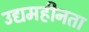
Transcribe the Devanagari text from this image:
उद्यमहीनता